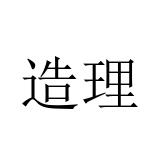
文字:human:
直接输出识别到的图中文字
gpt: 造理